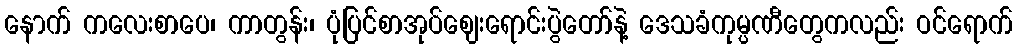
နောက် ကလေးစာပေ၊ ကာတွန်း၊ ပုံပြင်စာအုပ်ဈေးရောင်းပွဲတော်နဲ့ ဒေသခံကုမ္ပဏီတွေကလည်း ဝင်ရောက်